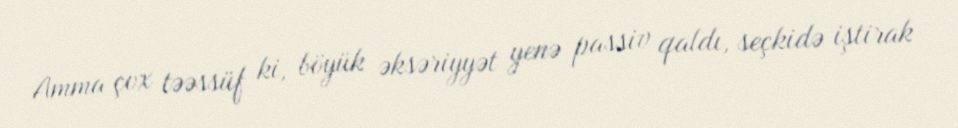
Amma çox təəssüf ki, böyük əksəriyyət yenə passiv qaldı, seçkidə iştirak